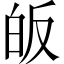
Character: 皈